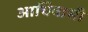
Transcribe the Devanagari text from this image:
आधिवासी